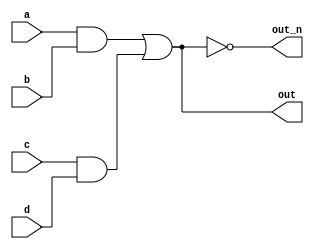
`default_nettype none
module top_module(
    input a,
    input b,
    input c,
    input d,
    output out,
    output out_n   );
    wire w_andout_ab,w_andout_cd;
    assign w_andout_ab=a&b;
    and #1 g_and(w_andout_cd,c,d);
    assign out=w_andout_ab|w_andout_cd;
    assign out_n=~out;


endmodule